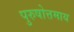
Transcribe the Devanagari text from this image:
पुरुषोत्तमाय